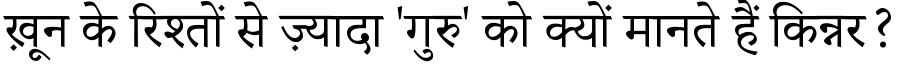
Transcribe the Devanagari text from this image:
ख़ून के रिश्तों से ज़्यादा 'गुरु' को क्यों मानते हैं किन्नर?